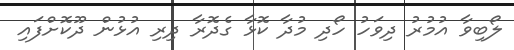
ލޯބިވާ އުމުރު ދިވަހު ހޯދި މުދާ ކޮޅާ ގެދޮރާ ދިރި އުޅުން ދޫކޮށްފައި